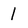
Character: 1